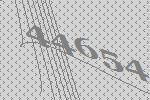
44654